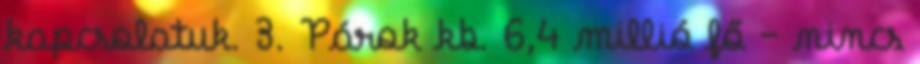
kapcsolatuk. 3. Párok kb. 6,4 millió fő – nincs